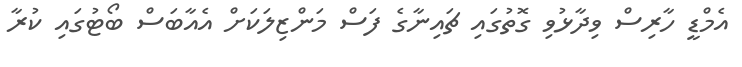
އެމްޑީ ހާރިސް ވިދާޅުވި ގޮތުގައި ޗައިނާގެ ފަސް މަންޒިލަކަށް އެއާބަސް ބޯޓުގައި ކުރާ